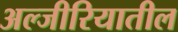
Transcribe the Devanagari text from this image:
अल्जीरियातील